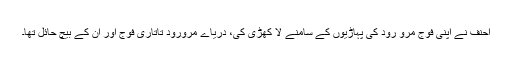
احنف نے اپنی فوج مرو رود کی پہاڑیوں کے سامنے لا کھڑی کی، دریاے مرورود تاتاری فوج اور ان کے بیچ حائل تھا۔